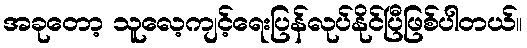
အခုတော့ သူလေ့ကျင့်ရေးပြန်လုပ်နိုင်ပြီဖြစ်ပါတယ်။